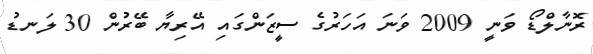
ރޮނާލްޑޯ ވަނީ 2009 ވަނަ އަހަރުގެ ސީޒަންގައި އޭރިޔާ ބޭރުން 30 ލަނޑު